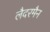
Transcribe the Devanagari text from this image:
लैदरमैन